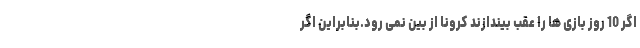
اگر 10 روز بازی ها را عقب بیندازند کرونا از بین نمی رود.بنابراین اگر